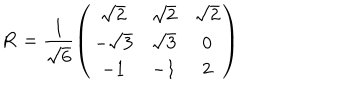
{ \mathbf R } = \frac { 1 } { \sqrt 6 } \left( \begin{array} { c c c } { { \sqrt 2 } } & { { \sqrt 2 } } & { { \sqrt 2 } } \\ { { - \sqrt 3 } } & { { \sqrt 3 } } & { { 0 } } \\ { { - 1 } } & { { - 1 } } & { { 2 } } \\ \end{array} \right)